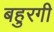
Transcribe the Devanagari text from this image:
बहुरगी